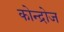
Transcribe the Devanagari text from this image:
कोन्द्रोज